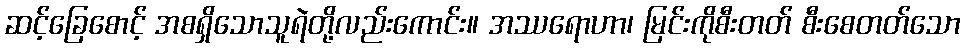
ဆင့်ခြေစောင့် အစရှိသောသူရဲတို့လည်းကောင်း။ အဿရောဟာ၊ မြင်းကိုစီးတတ် စီးစေတတ်သော